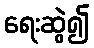
ရေးဆွဲ၍